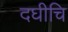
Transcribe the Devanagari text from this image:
दघीचि